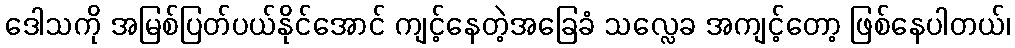
ဒေါသကို အမြစ်ပြတ်ပယ်နိုင်အောင် ကျင့်နေတဲ့အခြေခံ သလ္လေခ အကျင့်တော့ ဖြစ်နေပါတယ်၊